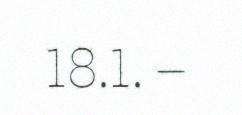
18.1. –